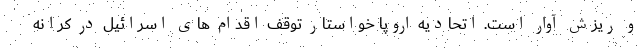
و ریزش آوار است. اتحادیه اروپا خواستار توقف اقدام های اسرائیل در کرانه